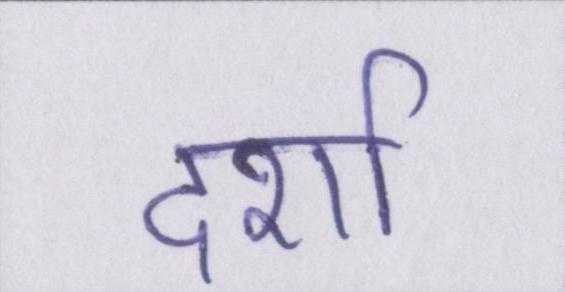
दर्शा